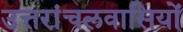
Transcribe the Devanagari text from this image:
उत्तरांचलवासियों